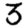
Digit: 3